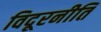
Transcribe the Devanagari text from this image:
विदूरनीति